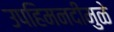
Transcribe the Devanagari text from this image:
उपहिमनदीमुळे